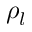
\rho _ { l }